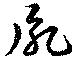
胤